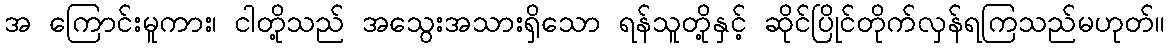
အ ကြောင်းမူကား၊ ငါတို့သည် အသွေးအသားရှိသော ရန်သူတို့နှင့် ဆိုင်ပြိုင်တိုက်လှန်ရကြသည်မဟုတ်။